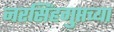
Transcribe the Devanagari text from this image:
नरसिंहगुप्तच्या